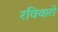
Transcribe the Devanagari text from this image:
रविवारों